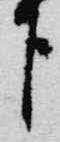
下